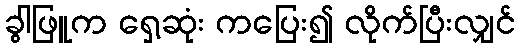
ခွါဖြူက ရှေ့ဆုံး ကပြေး၍ လိုက်ပြီးလျှင်